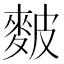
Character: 麬